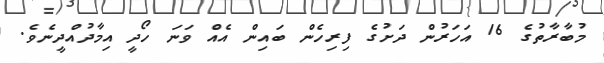
މުބާރާތުގެ 16 އަހަރުން ދަށުގެ ފިރިހެން ބައިން އެއް ވަނަ ހޯދީ އިމާދުއްދީނެވެ.